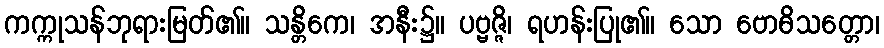
ကက္ကုသန်ဘုရားမြတ်၏။ သန္တိကေ၊ အနီး၌။ ပဗ္ဗဇ္ဇိ၊ ရဟန်းပြု၏။ သော ဗောဓိသတ္တော၊